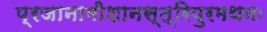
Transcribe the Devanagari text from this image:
प्रजानामीशानस्त्रिपुरमथनः